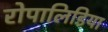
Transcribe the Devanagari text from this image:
रोपालिडिया